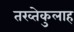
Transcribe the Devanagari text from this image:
तख्तेकुलाह